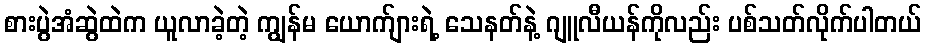
စားပွဲအံဆွဲထဲက ယူလာခဲ့တဲ့ ကျွန်မ ယောက်ျားရဲ့ သေနတ်နဲ့ ဂျူလီယန်ကိုလည်း ပစ်သတ်လိုက်ပါတယ်